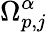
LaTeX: \Omega_{p,j}^{\alpha}